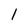
Character: l